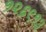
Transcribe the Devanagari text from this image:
१२६९१३